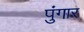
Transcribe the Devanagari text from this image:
पुंगार